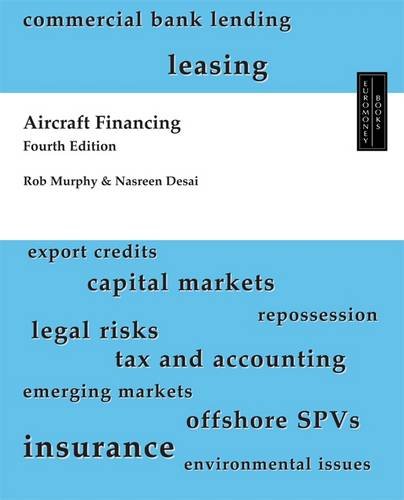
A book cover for Aircraft Financing; Simon A. D. Hall; Business & Money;